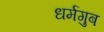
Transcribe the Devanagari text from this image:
धर्मगुब